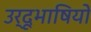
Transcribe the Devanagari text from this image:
उर्दूभाषियों